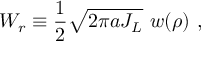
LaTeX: W _ { r } \equiv \frac 1 2 \sqrt { 2 \pi a J _ { L } } \, \, w ( \rho ) \ ,